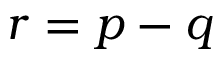
r = p - q